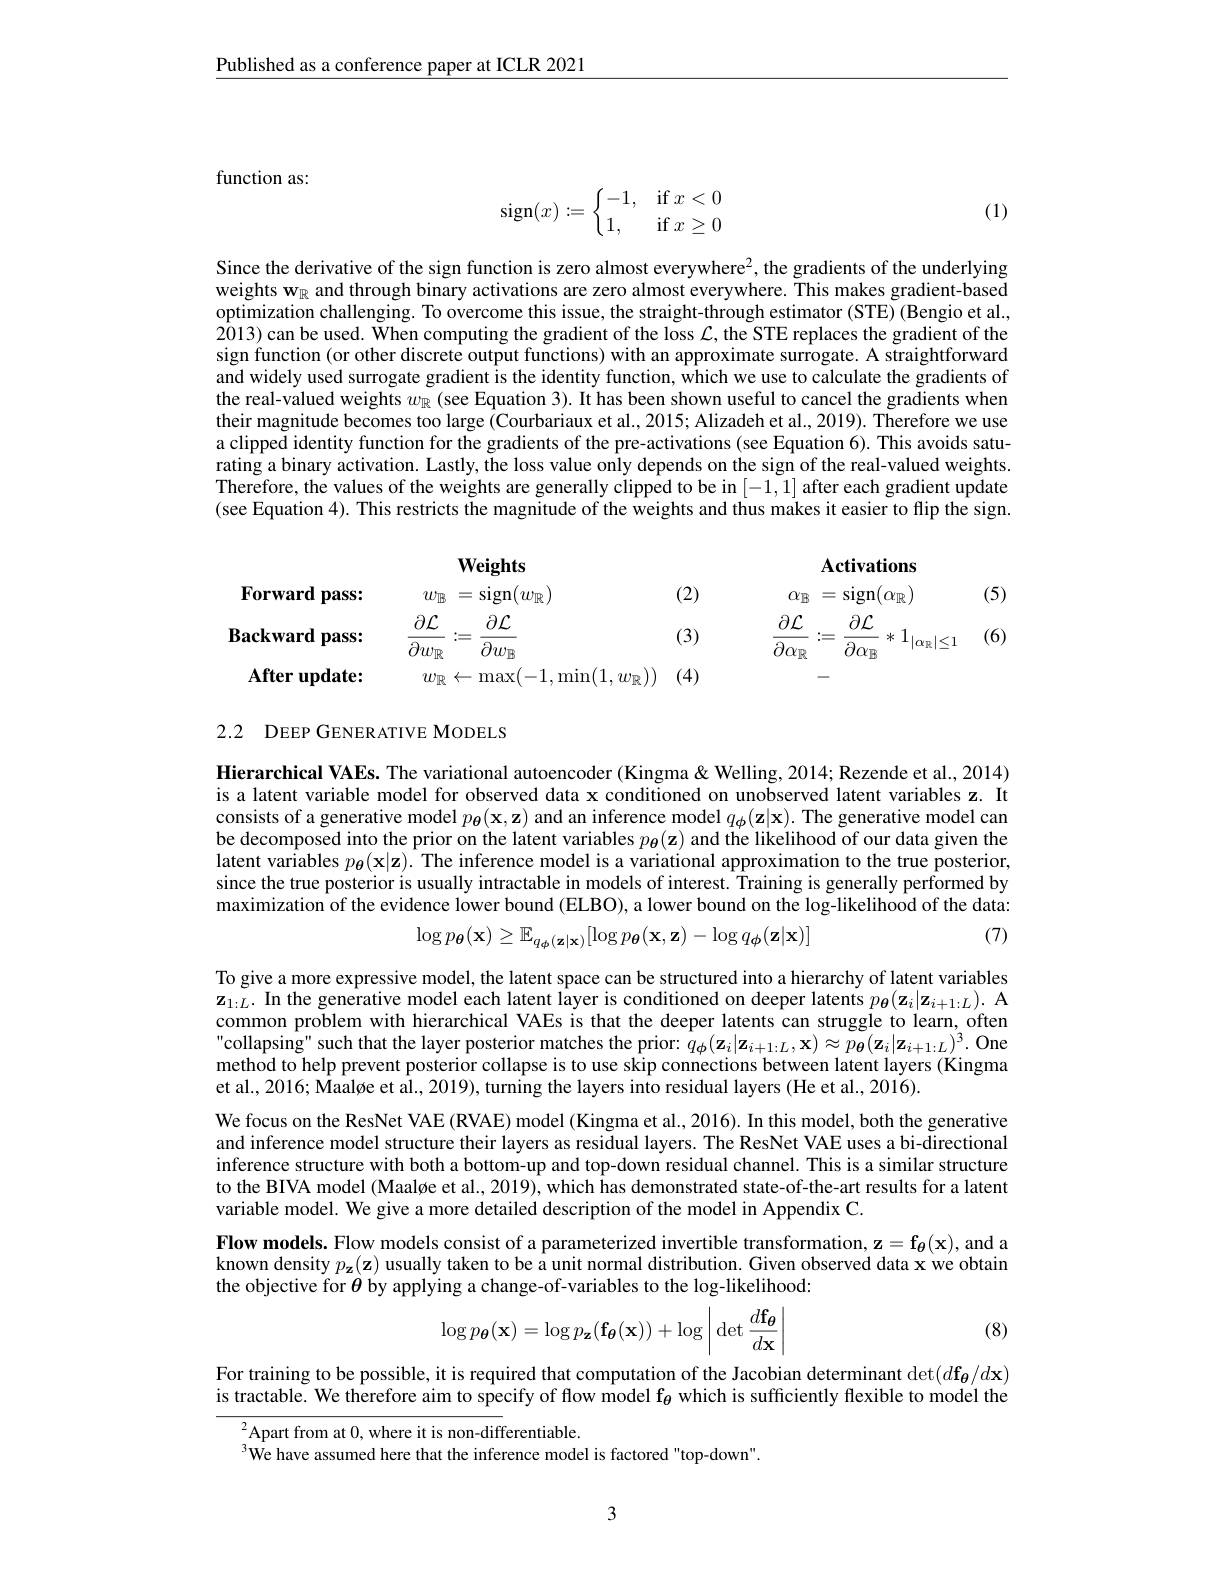
$\underline{\text{Published as a conference paper at ICLR 2021}}$

function as:
$$\operatorname{sign}(x):=\left\{\begin{matrix}-1,&\text{if}\:x<0\\1,&\text{if}\:x\geq0\end{matrix}\right.$$
(1)

Since the derivative of the sign function is zero almost everywhere$^{2}$, the gradients of the underlying weights w$_{\mathbb{R}}$ and through binary activations are zero almost everywhere. This makes gradient-based optimization challenging. To overcome this issue, the straight-through estimator (STE) (Bengio et al., 2013) can be used. When computing the gradient of the loss $\mathcal{L}$,the STE replaces the gradient of the sign function (or other discrete output functions) with an approximate surrogate. A sitraightforward and widely used surrogate gradient is the identity function, which we use to calculate the gradients of the real-valued weights $w_\mathbb{R}$ (see Equation 3). It has been shown useful to cancel the gradients when their magnitude becomes too large (Courbariaux et al., 2015; Alizadeh et al., 2019). Therefore we use a clipped identity function for the gradients of the pre-activations (see Equation 6). This avoids saturating a binary activation. Lastly, the loss value only depends on the sign of the real-valued weights. Therefore, the values of the weights are generally clipped to be in [-1,1] after each gradient update (see Equation 4). This restricts the magnitude of the weights and thus makes it easier to flip the sign.
$$\begin{aligned}&&&\text{weignts}\\&\text{Forward pass:}&&w_{\mathbb{B}}\:=\mathrm{sign}(w_{\mathbb{R}})&&(2)&&\alpha_{\mathbb{B}}\:=\mathrm{sign}(\alpha_{\mathbb{R}})&&(5)\\&\text{Backward pass:}&&\frac{\partial\mathcal{L}}{\partial w_{\mathbb{R}}}:=\frac{\partial\mathcal{L}}{\partial w_{\mathbb{B}}}&&(3)&&\frac{\partial\mathcal{L}}{\partial\alpha_{\mathbb{R}}}:=\frac{\partial\mathcal{L}}{\partial\alpha_{\mathbb{B}}}*1_{|\alpha_{\mathbb{R}}|\leq1}&&(6)\\&\text{After update:}&&w_{\mathbb{R}}\leftarrow\max(-1,\min(1,w_{\mathbb{R}}))&&(4)&&-\end{aligned}$$
2.2 DEEP GENER ATIVE MODELS

Hierarchical VAEs. The variational autoencoder (Kingma& Welling, 2014; Rezende et al., 2014) is a latent variable model for observed data x conditioned on unobserved latent variables z. It consists of a generative model $p_{\boldsymbol{\theta}}(\mathbf{x},\mathbf{z})$ and an inference model $q_{\boldsymbol{\phi}}(\mathbf{z}|\mathbf{x}).$ The generative model can be decomposed into the prior on the latent variables $p_{\boldsymbol{\theta}}(\mathbf{z})$ and the likelihood of our data given the latent variables $p_{\boldsymbol{\theta}}(\mathbf{x}|\mathbf{z}).$ The inference model is a variational approximation to the true posterior, since the true posterior is usually intractable in models of interest. Training is generally performed by maximization of the evidence lower bound (ELBO), a lower bound on the log-likelihood of the data:
$$\log p_{\boldsymbol{\theta}}(\mathbf{x})\geq\mathbb{E}_{q_{\boldsymbol{\phi}}(\mathbf{z}|\mathbf{x})}[\log p_{\boldsymbol{\theta}}(\mathbf{x},\mathbf{z})-\log q_{\boldsymbol{\phi}}(\mathbf{z}|\mathbf{x})]$$
(7)

To give a more expressive model, the latent space can be structured into a hierarchy of latent variables $\mathbf{z}_{1:L}.$ In the generative model each latent layer is conditioned on deeper latents $p_{\boldsymbol{\theta}}(\mathbf{z}_{i}|\mathbf{z}_{i+1:L}).$ A common problem with hierarchical VAEs is that the deeper latents can struggle to learn, often collapsing" such that the layer posterior matches the prior: $q_{\phi}(\mathbf{z}_{i}|\mathbf{z}_{i+1:L},\mathbf{x})\approx p_{{\boldsymbol{\theta}}}(\mathbf{z}_{i}|\mathbf{z}_{i+1:L})^{3}.$ One method to help prevent posterior collapse is to use skip connections between latent layers (Kingma et al., 2016; Maaløe et al., 2019), turning the layers into residual layers (He et al., 2016).
We focus on the ResNet VAE (RVAE) model (Kingma et al., 2016). In this model, both the generative and inference model structure their layers as residual layers. The ResNet VAE uses a bi-directional inference structure with both a bottom-up and top-down residual channel. This is a similar structure to the BIVA model (Maaløe et al., 2019), which has demonstrated state-of-the-art results for a latent variable model. We give a more detailed description of the model in Appendix C.
Flow models. Flow models consist of a parameterized invertible transformation, $\mathbf{z}=\mathbf{f_{\theta}}(\mathbf{x})$, and a known density $p_\mathbf{z}(\mathbf{z})$ usually taken to be a unit normal distribution. Given observed data x we obtain the objective for $\theta$ by applying a change-of-variables to the log-likelihood:
$$\log p_{\boldsymbol{\theta}}(\mathbf{x})=\log p_{\mathbf{z}}(\mathbf{f_{\theta}}(\mathbf{x}))+\log\bigg|\det\frac{d\mathbf{f_{\theta}}}{d\mathbf{x}}\bigg|$$
(8)

For training to be possible, it is required that computation of the Jacobian determinant $\det(d\mathbf{f_{\theta}}/d\mathbf{x})$ is tractable. We therefore aim to specify of flow model $\mathbf{f}_{\theta}$ which is sufficiently flexible to model the
$^{2}$Apart from at 0, where it is non-differentiable.
$^{3}$We have assumed here that the inference model is factored"top-down".

3